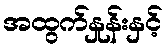
အထွက်နှုန်းနှင့်